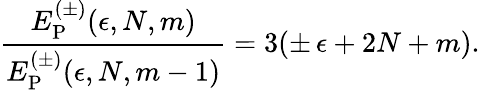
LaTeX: {\frac{E_{\mathrm{P}}^{(\pm)}(\epsilon,N,m)}{E_{\mathrm{P}}^{(\pm)}(\epsilon,N,m-1)}}=3(\pm\, \epsilon+2N+m).